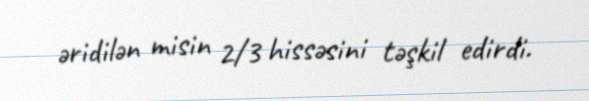
əridilən misin 2/3 hissəsini təşkil edirdi.